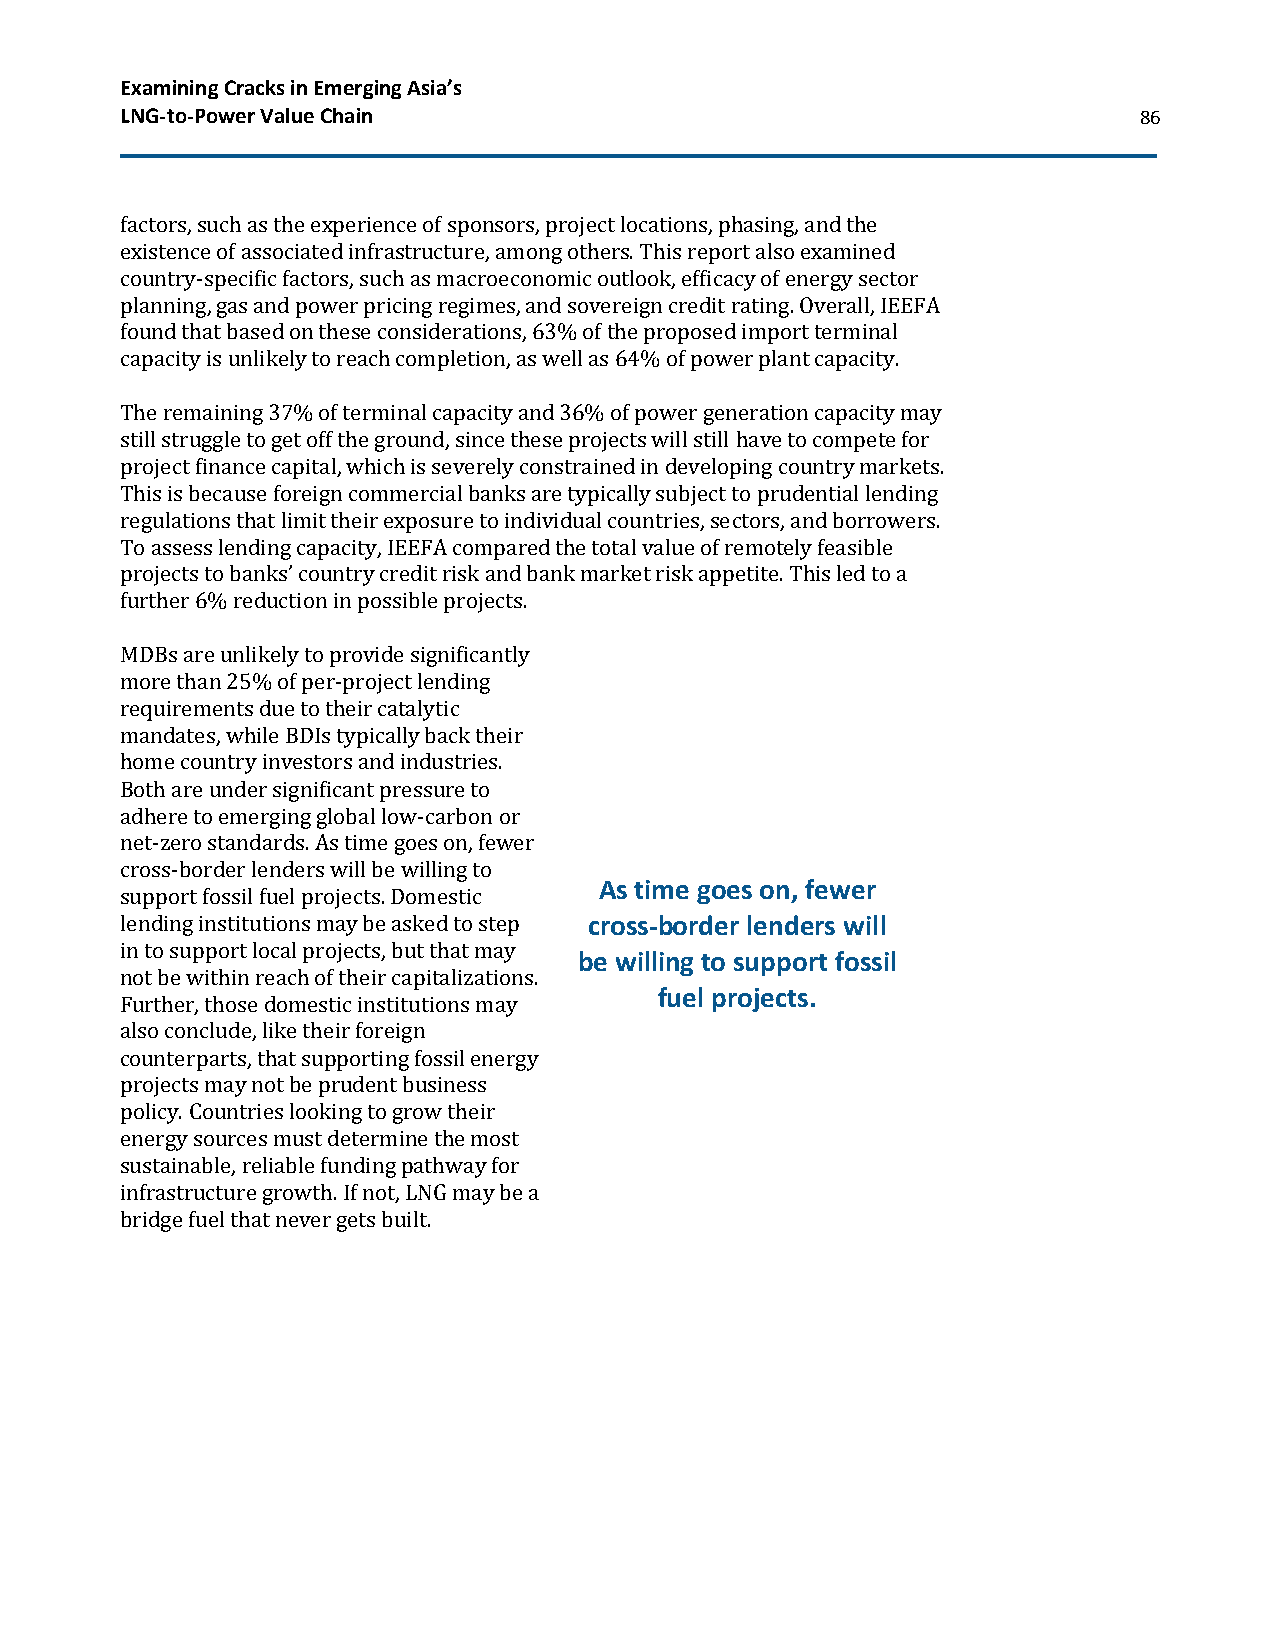
Examining Cracks in Emerging Asia’s
 LNG-to-Power Value Chain                                           86
 factors, such as the experience of sponsors, project locations, phasing, and the
 existence of associated infrastructure, among others. This report also examined
 country-specific factors, such as macroeconomic outlook, efficacy of energy sector
 planning, gas and power pricing regimes, and sovereign credit rating. Overall, IEEFA
 found that based on these considerations, 63% of the proposed import terminal
 capacity is unlikely to reach completion, as well as 64% of power plant capacity.
 The remaining 37% of terminal capacity and 36% of power generation capacity may
 still struggle to get off the ground, since these projects will still have to compete for
 project finance capital, which is severely constrained in developing country markets.
 This is because foreign commercial banks are typically subject to prudential lending
 regulations that limit their exposure to individual countries, sectors, and borrowers.
 To assess lending capacity, IEEFA compared the total value of remotely feasible
 projects to banks’ country credit risk and bank market risk appetite. This led to a
 further 6% reduction in possible projects.
 MDBs are unlikely to provide significantly
 more than 25% of per-project lending
 requirements due to their catalytic
 mandates, while BDIs typically back their
 home country investors and industries.
 Both are under significant pressure to
 adhere to emerging global low-carbon or
 net-zero standards. As time goes on, fewer
 cross-border lenders will be willing to
 As time goes on, fewer
 support fossil fuel projects. Domestic
 lending institutions may be asked to step cross-border lenders will
 in to support local projects, but that may
 be willing to support fossil
 not be within reach of their capitalizations.
 fuel projects.
 Further, those domestic institutions may
 also conclude, like their foreign
 counterparts, that supporting fossil energy
 projects may not be prudent business
 policy. Countries looking to grow their
 energy sources must determine the most
 sustainable, reliable funding pathway for
 infrastructure growth. If not, LNG may be a
 bridge fuel that never gets built.